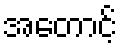
အတောင့်